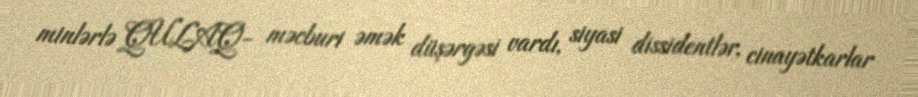
minlərlə QULAQ- məcburi əmək düşərgəsi vardı, siyasi dissidentlər, cinayətkarlar